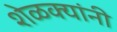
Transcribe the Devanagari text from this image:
शेळक्यांनी